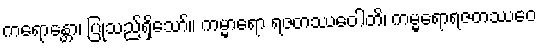
ကရောန္တော၊ ပြုသည်ရှိသော်။ ကမ္မာရော ရဇတဿေဝါတိ၊ ကမ္မရောရဇတဿေဝ